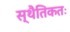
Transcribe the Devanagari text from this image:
स्थैतिकतः